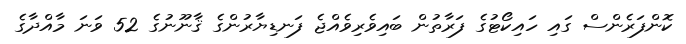
ކޮންފަރެންސް ގައި ހައިކޯޓުގެ ފަރާތުން ބައިވެރިވެއްޖެ ފަނޑިޔާރުންގެ ޤާނޫނުގެ 52 ވަނަ މާއްދާގެ